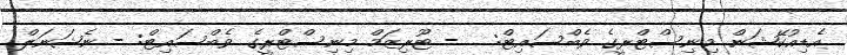
އެޑިއުކޭޝަން މިނިސްޓްރީގެ ވެބްސައިޓް: ... - ޓޫރިޒަމް މިނިސްޓްރީގެ ވެބްސައިޓް: - ނެޝަނަލް